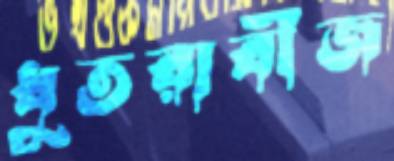
ধুতরাবীজ